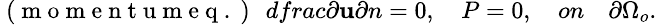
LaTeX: \small\mathrm{~(~m~o~m~e~n~t~u~m~e~q~.~)~}\ \, dfrac{\partial\textbf{u}}{\partial n}=0,\quad P=0,\quad on\quad\partial\Omega_{o}.